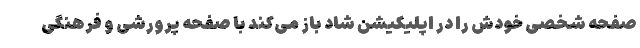
صفحه شخصی خودش را در اپلیکیشن شاد باز می‌کند با صفحه پرورشی و فرهنگی